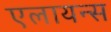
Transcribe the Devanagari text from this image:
एलायन्स